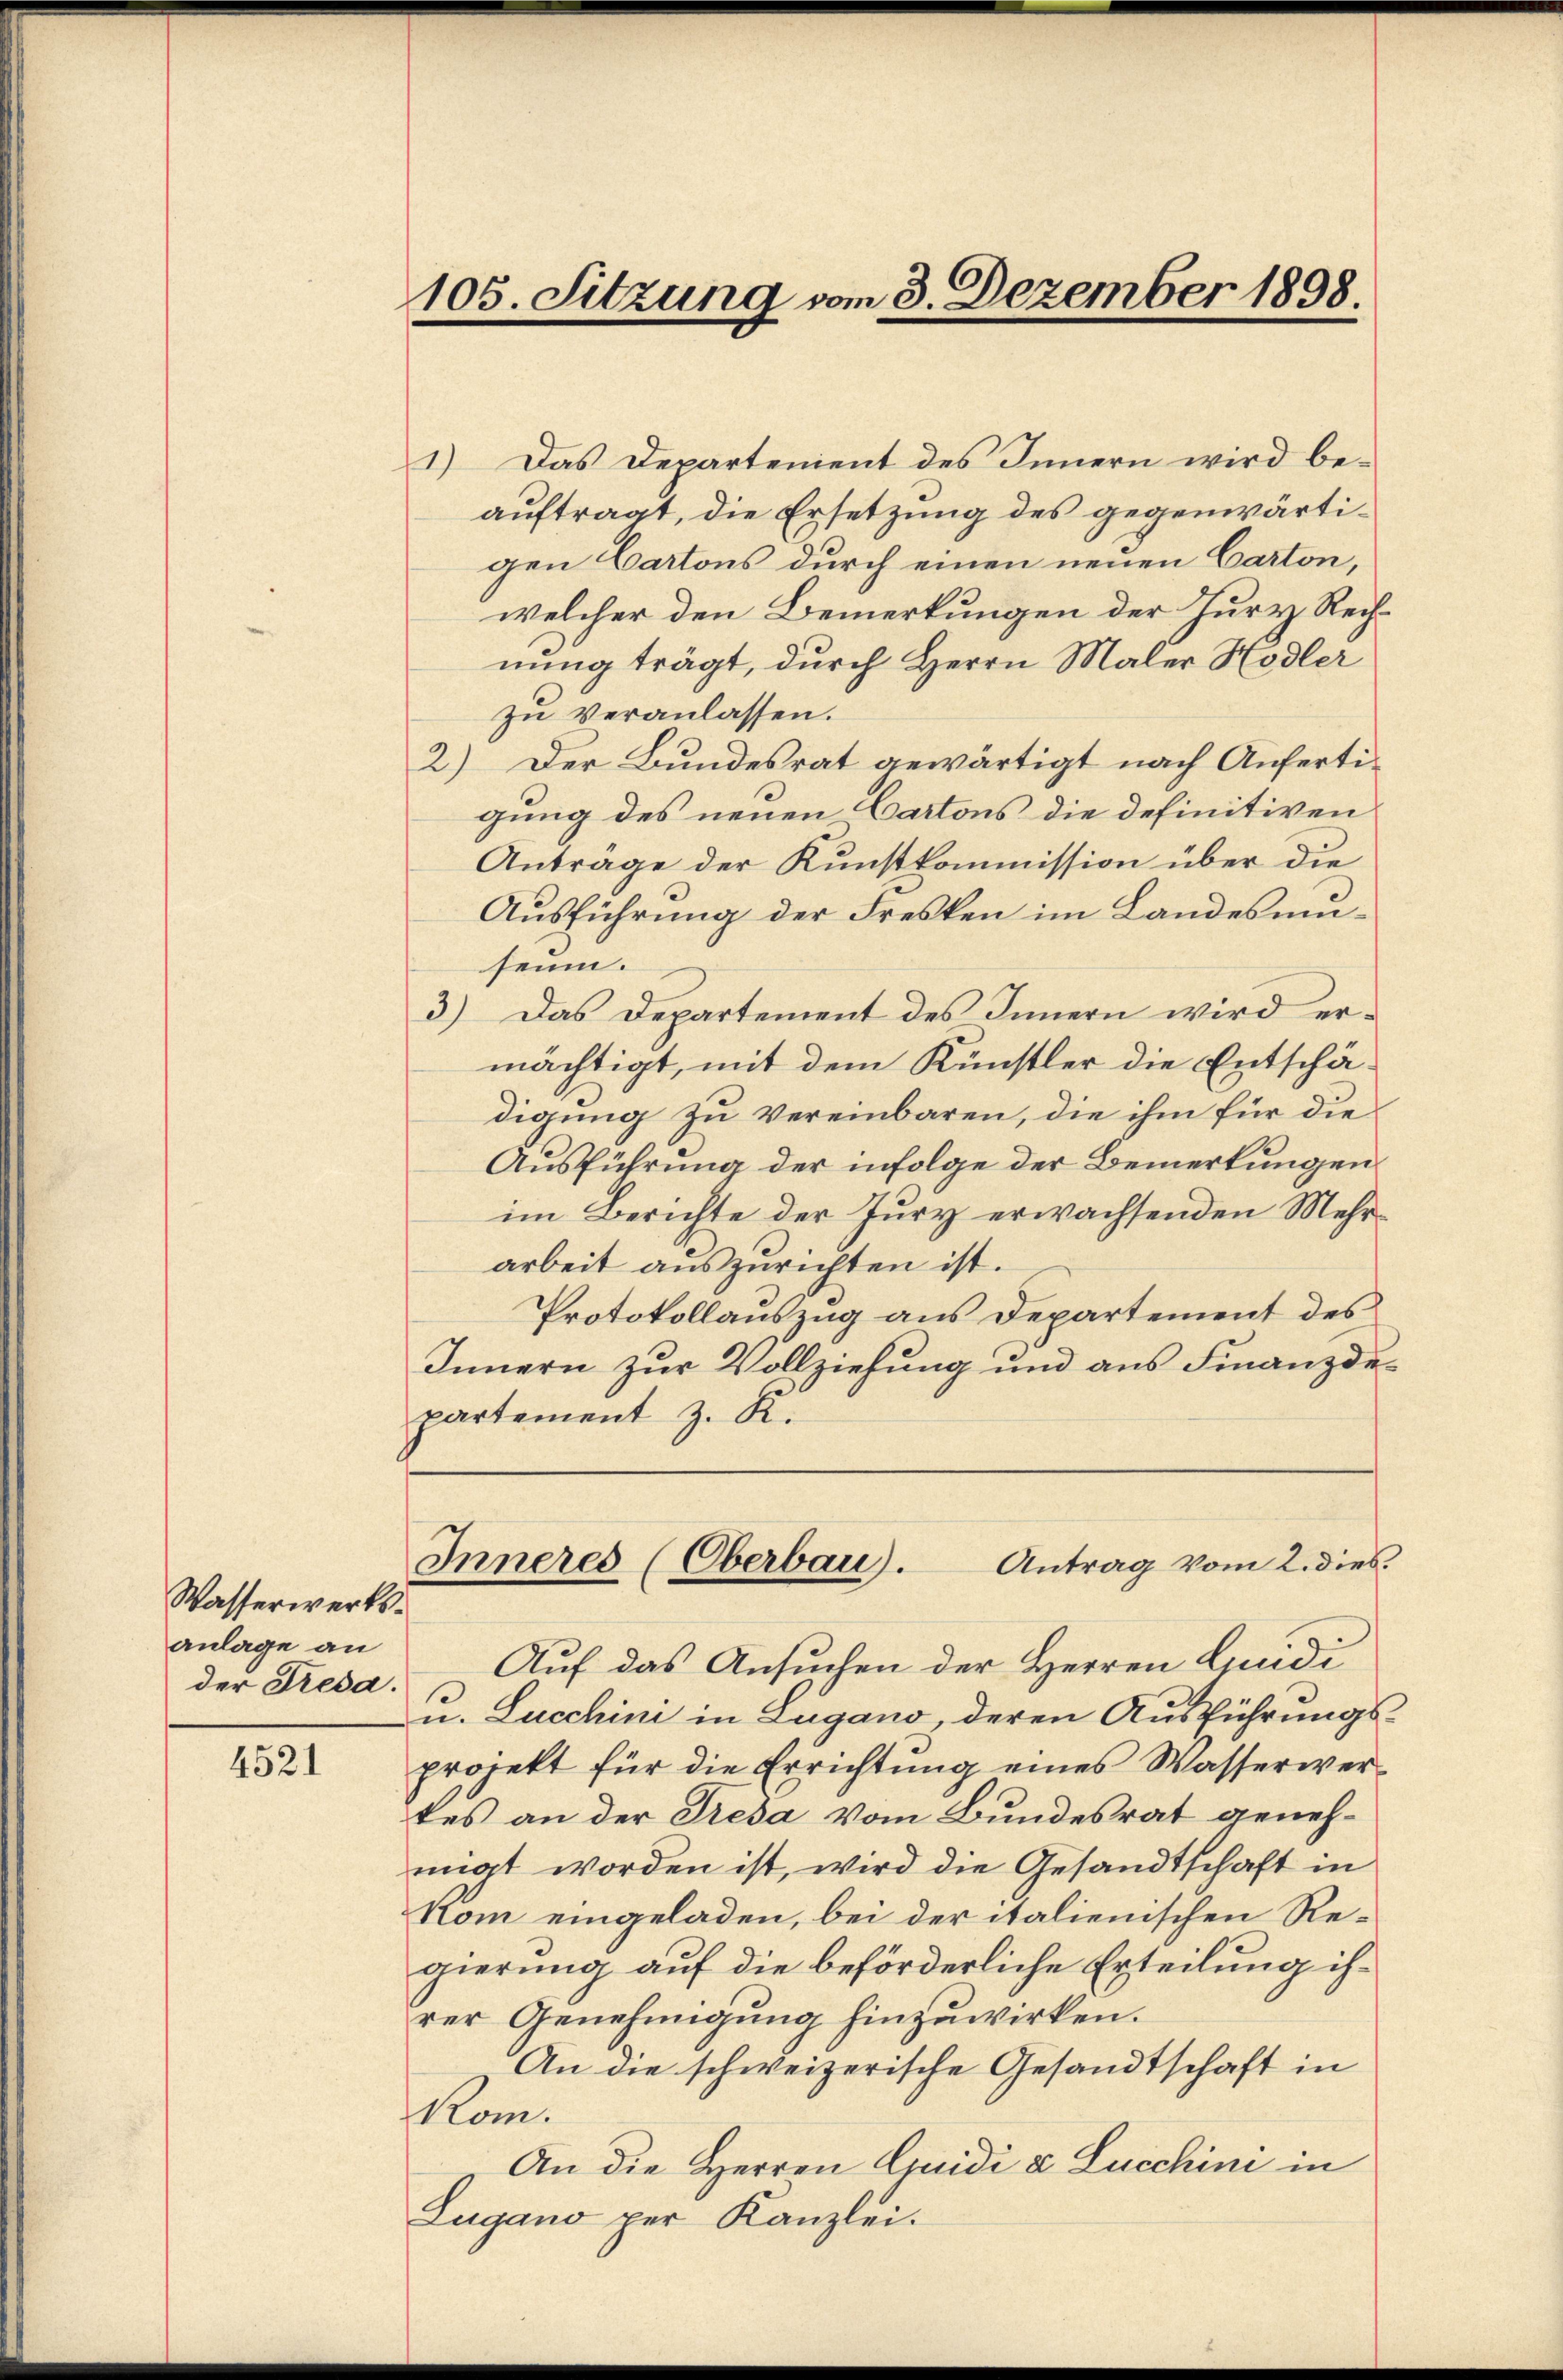
Wasserwerksanlage an
der Tresa.

4521

105. Sitzung vom 3. Dezember 1898

1) Das Departement des Innern wird be-
auftragt, die Ersetzung des gegenwärtigen Cartons durch einen neuen Carton,
welcher den Bemerkungen der Jury Rechnung trägt, durch Herrn Maler Hodler
zu veranlassen.
2) Der Bundesrat gewärtigt nach Anfertigung des neuen Cartons die definitiven
Antrage der Kunstkommission über die
Ausführung der Fresken im Landes umheim.
3) Das Departement des Innern wird ermächtigt, mit dem Künstler die Entschädigung zu vereinbaren, die ihm für die
Ausführung der infolge der Bemerkungen
im Berichte der Jury erwachsenden Mehrarbeit auszurichten ist.
Protokollauszug aus Departement des
Innern zur Vollziehung und aus Finanzdepartement z. K.
Inneres (Oberbau). Antrag vom 2. dies
Auf das Ansuchen der Herren Quidi
u. Lucchini in Lugano, deren Ausführungsprojekt für die Errichtung eines Wasserwertes an der Tresa vom Bundesrat genehmigt worden ist, wird die Gesandtschaft in
Nom eingeladen, bei der italienischen Regierung auf die beförderliche Erteilung ihrer Genehmigung hinzuwirken.
An die schweizerische Gesandtschaft in
Rom.
An die Herren Quidi u. Lucchini in
Lugano per Kanzlei.